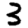
Digit: 3